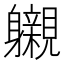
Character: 𮜽